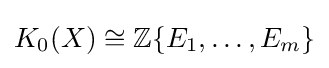
K_{0}(X)\cong \mathbb {Z} \{E_{1},\ldots ,E_{m}\}